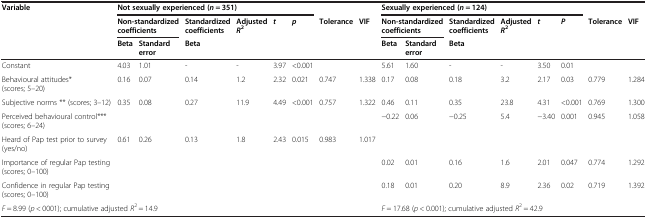
| <ROWSPAN=2> Variable | <COLSPAN=6> Not sexually experienced (n = 351) |  |  | <COLSPAN=6> Sexually experienced (n = 124) |  |  |
 | <COLSPAN=2> Non-standardized coefficients | Standardized coefficients | Adjusted R2 | t | p | Tolerance | VIF | <COLSPAN=2> Non-standardized coefficients | Standardized coefficients | Adjusted R2 | t | P | Tolerance | VIF |
 |  | Beta | Standard error | Beta |  |  |  |  |  | Beta | Standard error | Beta |  |  |  |  |  |
 | --- | --- | --- | --- | --- | --- | --- | --- | --- | --- | --- | --- | --- | --- | --- | --- | --- |
 | Constant | 4.03 | 1.01 | - | - | 3.97 | <0.001 |  |  | 5.61 | 1.60 | - | - | 3.50 | 0.01 |  |  |
 | Behavioural attitudes* (scores; 5–20) | 0.16 | 0.07 | 0.14 | 1.2 | 2.32 | 0.021 | 0.747 | 1.338 | 0.17 | 0.08 | 0.18 | 3.2 | 2.17 | 0.03 | 0.779 | 1.284 |
 | Subjective norms ** (scores; 3–12) | 0.35 | 0.08 | 0.27 | 11.9 | 4.49 | <0.001 | 0.757 | 1.322 | 0.46 | 0.11 | 0.35 | 23.8 | 4.31 | <0.001 | 0.769 | 1.300 |
 | Perceived behavioural control*** (scores; 6–24) |  |  |  |  |  |  |  |  | -0.22 | 0.06 | -0.25 | 5.4 | -3.40 | 0.001 | 0.945 | 1.058 |
 | Heard of Pap test prior to survey (yes/no) | 0.61 | 0.26 | 0.13 | 1.8 | 2.43 | 0.015 | 0.983 | 1.017 |  |  |  |  |  |  |  |  |
 | Importance of regular Pap testing (scores; 0–100) |  |  |  |  |  |  |  |  | 0.02 | 0.01 | 0.16 | 1.6 | 2.01 | 0.047 | 0.774 | 1.292 |
 | Confidence in regular Pap testing (scores; 0–100) |  |  |  |  |  |  |  |  | 0.18 | 0.01 | 0.20 | 8.9 | 2.36 | 0.02 | 0.719 | 1.392 |
 | <COLSPAN=9> F = 8.99 (p < 0001); cumulative adjusted R2 = 14.9 | <COLSPAN=8> F = 17.68 (p < 0.001); cumulative adjusted R2 = 42.9 |